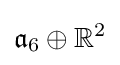
{\mathfrak {a}}_{6}\oplus \mathbb {R} ^{2}